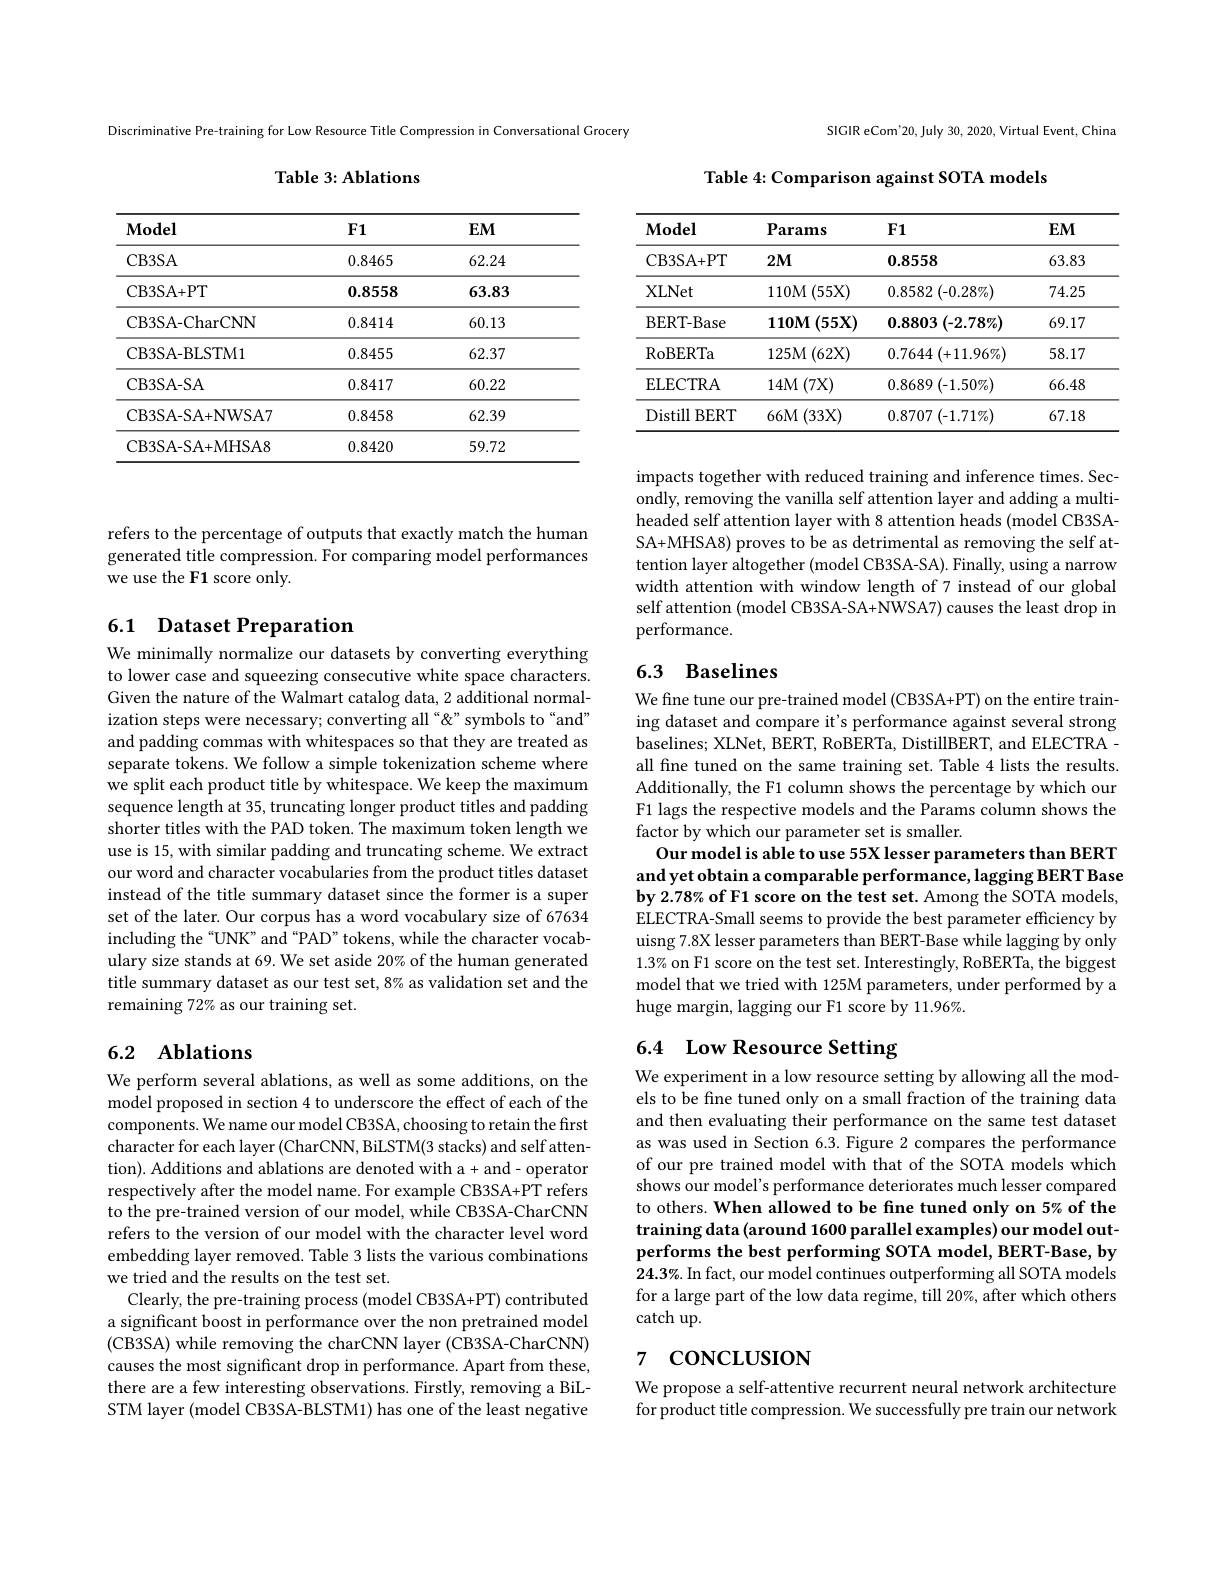
Discriminative Pre-training for Low Resource Title Compression in Conversational Grocery

Table 3: Ablations

<table>
	<tbody>
		<tr>
			<th>$\mathbf{Model}$</th>
			<th>$F1$</th>
			<th>$EM$</th>
		</tr>
		<tr>
			<td>CB3SA</td>
			<td>0.8465</td>
			<td>62.24</td>
		</tr>
		<tr>
			<td>CB3SA+ PT</td>
			<td>$\mathbf{0.8558}$</td>
			<td>63.83</td>
		</tr>
		<tr>
			<td>CB3SA- CharCNN</td>
			<td>0.8414</td>
			<td>60.13</td>
		</tr>
		<tr>
			<td>CB3SA- BLSTM1</td>
			<td>0.8455</td>
			<td>62.37</td>
		</tr>
		<tr>
			<td>CB3SA- SA</td>
			<td>0.8417</td>
			<td>60.22</td>
		</tr>
		<tr>
			<td>CB3SA- SA+ NWSA7</td>
			<td>0.8458</td>
			<td>62.39</td>
		</tr>
		<tr>
			<td>CB3SA- SA+ MHSA8</td>
			<td>0.8420</td>
			<td>59.72</td>
		</tr>
	</tbody>
</table>

refers to the percentage of outputs that exactly match the human generated title compression. For comparing model performances we use the F1 score only.

### 6.1 Dataset Preparation

We minimally normalize our datasets by converting everything to lower case and squeezing consecutive white space characters. Given the nature of the Walmart catalog data, 2 additional normalization steps were necessary; converting all“& symbols to“and” and padding commas with whitespaces so that they are treated as separate tokens. We follow a simple tokenization scheme where we split each product title by whitespace. We keep the maximum sequence length at 35, truncating longer product titles and padding shorter titles with the PAD token. The maximum token length we use is 15, with similar padding and truncating scheme. We extract our word and character vocabularies from the product titles dataset instead of the title summary dataset since the former is a super set of the later. Our corpus has a word vocabulary size of 67634 including the “UNK” and“PAD” tokens, while the character vocabulary size stands at 69. We set aside 20% of the human generated title summary dataset as our test set, 8% as validation set and the remaining 72% as our training set.

## 6.2 Ablations

We perform several ablations, as well as some additions, on the model proposed in section 4 to underscore the effect of each of the components. We name our model CB3SA, choosing to retain the first character for each layer (CharCNN, BiLSTM(3 stacks) and self attention). Additions and ablations are denoted with a + and - operator respectively after the model name. For example CB3SA+PT refers to the pre-trained version of our model, while CB3SA-CharCNN refers to the version of our model with the character level word embedding layer removed. Table 3 lists the various combinations we tried and the results on the test set.
Clearly, the pre-training process (model CB3SA+PT) contributed a significant boost in performance over the non pretrained model (CB3SA) while removing the charCNN layer (CB3SA-CharCNN) causes the most significant drop in performance. Apart from these, there are a few interesting observations. Firstly, removing a BiLSTM layer (model CB3SA-BLSTM1) has one of the least negative

SIGIR eCom'20, July 30, 2020, Virtual Event, China

Table 4: Comparison against SOTA models

<table>
	<tbody>
		<tr>
			<th>$\mathbf{Model}$</th>
			<th>$\mathbf{Params}$</th>
			<th>$F1$</th>
			<th>$EM$</th>
		</tr>
		<tr>
			<td>CB3SA+ PT</td>
			<td>$2M1$</td>
			<td>0.8558</td>
			<td>63.83</td>
		</tr>
		<tr>
			<td>XLNet</td>
			<td>110M(55X)</td>
			<td>0.8582 $2\left(-0.28\%\right)$</td>
			<td>74.25</td>
		</tr>
		<tr>
			<td>BERT- Base</td>
			<td>$110M$ $(55X)$</td>
			<td>$0.8803\left(-2.78\%\right)$</td>
			<td>69.17</td>
		</tr>
		<tr>
			<td>$\operatorname{RoBERTa}$</td>
			<td>125M(62X)</td>
			<td>$0.7644\left(+11.96\%\right)$</td>
			<td>58.17</td>
		</tr>
		<tr>
			<td>ELECTRA</td>
			<td>$14M$ (7X) 1 (1)</td>
			<td>$0.8689\left(-1.50\%\right)$</td>
			<td>66.48</td>
		</tr>
		<tr>
			<td>Distill BERT 112</td>
			<td>$66M$ (33X)</td>
			<td>$7\left(-1.71\%\right)$ 0.8707</td>
			<td>67.18</td>
		</tr>
	</tbody>
</table>

impacts together with reduced training and inference times. Secondly, removing the vanilla self attention layer and adding a multiheaded self attention layer with 8 attention heads (model CB3SASA+MHSA8) proves to be as detrimental as removing the self attention layer altogether (model CB3SA-SA). Finally, using a narrow width attention with window length of 7 instead of our global self attention (model CB3SA-SA+NWSA7) causes the least drop in performance.

## 6.3 Baselines

We fine tune our pre- trained model (CB3SA+PT) on the entire training dataset and compare it's performance against several strong baselines; XLNet, BERT, RoBERTa, DistillBERT, and ELECTRA - all fine tuned on the same training set. Table 4 lists the results. Additionally, the F1 column shows the percentage by which our F1 lags the respective models and the Params column shows the factor by which our parameter set is smaller.
Our model is able to use 55X lesser parameters than BERT and yet obtain a comparable performance, lagging BERT Base by 2.78% of F1 score on the test set. Among the SOTA models, ELECTRA-Small seems to provide the best parameter efficiency by uisng 7.8X lesser parameters than BERT-Base while lagging by only $1.3\%$ on F1 score on the test set. Interestingly, RoBERTa, the biggest model that we tried with 125M parameters, under performed by a huge margin, lagging our F1 score by 11.96%.

### 6.4 Low Resource Setting

We experiment in a low resource setting by allowing all the models to be fine tuned only on a small fraction of the training data and then evaluating their performance on the same test dataset as was used in Section 6.3. Figure 2 compares the performance of our pre trained model with that of the SOTA models which shows our model's performance deteriorates much lesser compared to others. When allowed to be fine tuned only on 5% of the training data (around 1600 parallel examples) our model outperforms the best performing SOTA model, BERT-Base, by $24.3\%$ In fact, our model continues outperforming all SOTA models for a large part of the low data regime, till 20%, after which others catch up.

# 7 concLusıon

We propose a self-attentive recurrent neural network architecture for product title compression. We successfully pre train our network